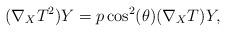
LaTeX: \begin{align*}(\nabla_XT^2)Y=p\cos^2(\theta)(\nabla_XT)Y,\end{align*}